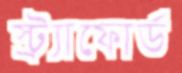
স্ট্র্যাফোর্ড